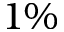
1 \%